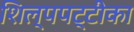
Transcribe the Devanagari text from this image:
शिल्पपट्टीका